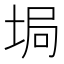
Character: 𡌟